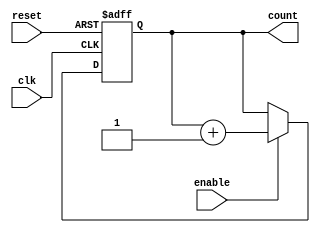
module BinaryCounter (
    input wire clk,          // Clock input
    input wire reset,        // Asynchronous reset input
    input wire enable,       // Enable input
    output reg [3:0] count   // 4-bit output count
);

    // Asynchronous reset and synchronous counting
    always @(posedge clk or posedge reset) begin
        if (reset) begin
            count <= 4'b0000; // Reset the counter to 0
        end else if (enable) begin
            count <= count + 1; // Increment the counter
        end
    end

endmodule